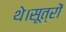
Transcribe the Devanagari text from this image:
थे।सूत्रों